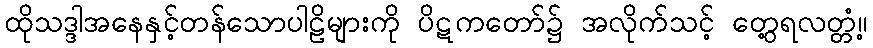
ထိုသဒ္ဒါအနေနှင့်တန်သောပါဠိများကို ပိဋကတော်၌ အလိုက်သင့် တွေ့ရလတ္တံ့။